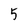
Character: 5